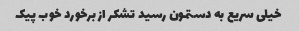
خیلی سریع به دستمون رسید تشکر از برخورد خوب پیک